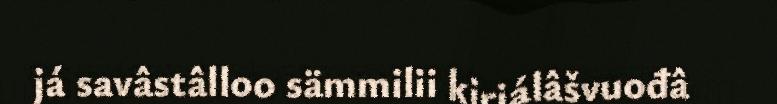
já savâstâlloo sämmilii kirjálâšvuođâ